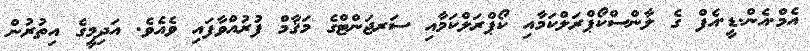
އެމް.އެން.ޑީ.އެފް ގެ ލާންސްކޯޕްރަލްކަމާއި ކޯޕްރަލްކަމާއި ސަރޖަންޓްގެ މަޤާާމް ފުރުއްވާފައި ވެއެވެ. އަދިމީގެ އިތުރުން